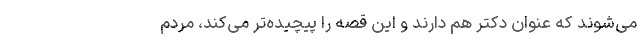
می‌شوند که عنوان دکتر هم دارند و این قصه را پیچیده‌تر می‌کند، مردم